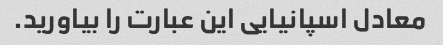
معادل اسپانیایی این عبارت را بیاورید.